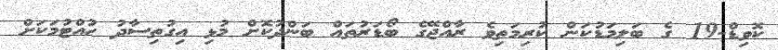
ކޮވިޑް-19 ގެ ބަލިމަޑުކަން ކުރިމަތިވެ ރާއްޖޭގެ ބޯޑަރުތައް ބަންދުކޮށް މުޅި އިގުތިސާދު ހުއްޓުމަަކަށް